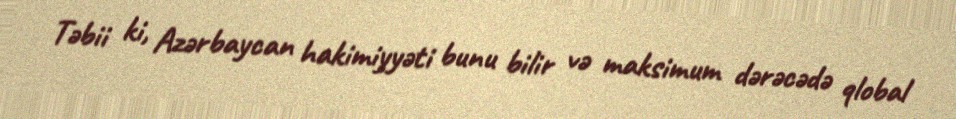
Təbii ki, Azərbaycan hakimiyyəti bunu bilir və maksimum dərəcədə qlobal